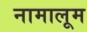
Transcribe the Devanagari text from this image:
नामालूम